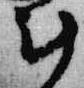
計